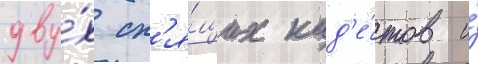
дву́х сп'я́щих кад'е́тов и́